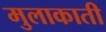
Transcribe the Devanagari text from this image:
मुलाकाती